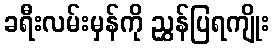
ခရီးလမ်းမှန်ကို ညွှန်ပြရကျိုး